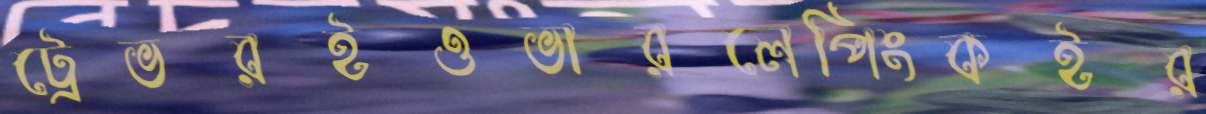
ট্রেভরইওভারলেপিংকইর